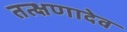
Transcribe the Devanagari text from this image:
तत्क्षणादेव